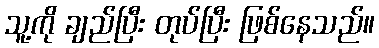
သူ့ကို ချည်ပြီး တုပ်ပြီး ဖြစ်နေသည်။